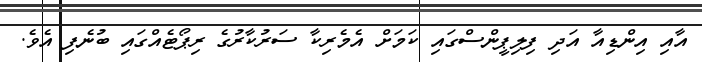
އާއި އިންޑިއާ އަދި ފިލިޕީންސްގައި ކަމަށް އެމެރިކާ ސަރުކާރުގެ ރިޕޯޓެއްގައި ބުނެފި އެވެ.